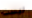
ليست